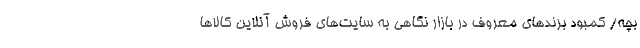
بچه/ کمبود برندهای معروف در بازار نگاهی به سایت‌های فروش آنلاین کالاها